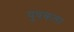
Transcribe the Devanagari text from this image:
युवकला